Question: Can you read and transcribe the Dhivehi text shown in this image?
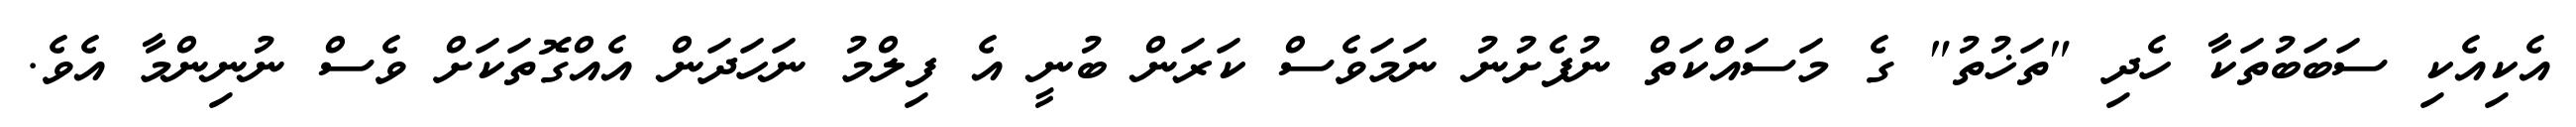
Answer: އެކިއެކި ސަބަބުތަކާ ހެދި "ތަޚުތު" ގެ މަސައްކަތް ނުފެށުނު ނަމަވެސް ކަރަން ބުނީ އެ ފިލްމު ނަހަދަން އެއްގޮތަކަށް ވެސް ނުނިންމާ އެވެ.